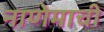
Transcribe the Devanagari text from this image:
नाणेमाची